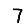
Digit: 7